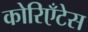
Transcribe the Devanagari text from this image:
कोरिएँटेस